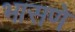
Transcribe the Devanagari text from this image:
भासणे